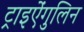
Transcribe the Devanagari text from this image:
ट्राइऐंगुलिन